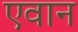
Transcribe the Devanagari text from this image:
एवान